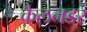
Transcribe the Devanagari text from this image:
कैलनडर